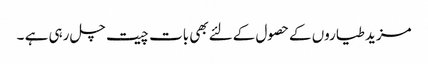
مزید طیاروں کےحصول کےلئےبھی بات چیت چل رہی ہے ۔